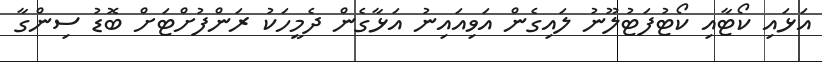
އަޅައި ކޯޓާއި ކޯޓުފަޓުލޫނު ލައިގެން އަވިއައިނު އަޅާގެން ދެމީހަކު ރަންފުށްޓަށް ބޮޑު ސިންގާ